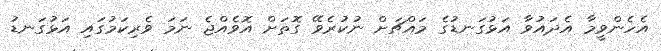
އެހެންވީމާ އެދައުވާ އަޅުގަނޑުގެ މައްޗަށް ނުކުރެވޭ ގޮތަށް އޮވެއްޖެ ނަމަ ވެރިކަމުގައި އަޅުގަނޑު